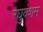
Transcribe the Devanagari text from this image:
रघुवंशम